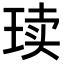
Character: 𪻨